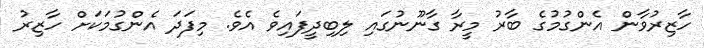
ހާޒިރުވާން އެންގުމުގެ ބާރު މީރާ ގާނޫނުގައި ލިބިދީފައިވެ އެވެ. މިފަދަ އެންގުމަކަށް ހާޒިރު